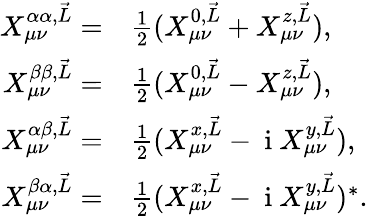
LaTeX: \begin{array}{rl}{X_{\mu\nu}^{\alpha\alpha,\vec{L}}=}&{{}\frac{1}{2}(X_{\mu\nu}^{0,\vec{L}}+X_{\mu\nu}^{z,\vec{L}}),}\\ {X_{\mu\nu}^{\beta\beta,\vec{L}}=}&{{}\frac{1}{2}(X_{\mu\nu}^{0,\vec{L}}-X_{\mu\nu}^{z,\vec{L}}),}\\ {X_{\mu\nu}^{\alpha\beta,\vec{L}}=}&{{}\frac{1}{2}(X_{\mu\nu}^{x,\vec{L}}-\mathrm{~i~}X_{\mu\nu}^{y,\vec{L}}),}\\ {X_{\mu\nu}^{\beta\alpha,\vec{L}}=}&{{}\frac{1}{2}(X_{\mu\nu}^{x,\vec{L}}-\mathrm{~i~}X_{\mu\nu}^{y,\vec{L}})^{*}.}\end{array}